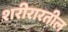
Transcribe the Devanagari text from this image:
शरीरारतील